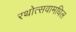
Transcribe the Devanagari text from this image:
रथोत्सवामधिल